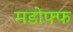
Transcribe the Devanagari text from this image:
मडोफ्फ